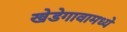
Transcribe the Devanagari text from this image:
खेडेगावामध्ये